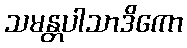
သမန္တပါသာဒိကော